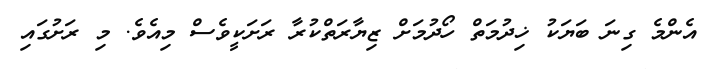
އެންމެ ގިނަ ބަޔަކު ޚިދުމަތް ހޯދުމަށް ޒިޔާރަތްކުރާ ރަށަކީވެސް މިއެވެ. މި ރަށުގައި